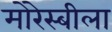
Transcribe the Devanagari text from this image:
मोरेस्बीला